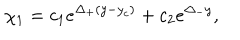
~ \chi _ { 1 } = c _ { 1 } e ^ { \Delta _ { + } ( y - y _ { c } ) } + c _ { 2 } e ^ { \Delta _ { - } y } ,